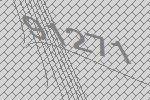
91271